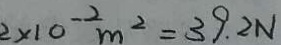
2 \times 1 0 ^ { - 2 } m ^ { 2 } = 3 9 . 2 N